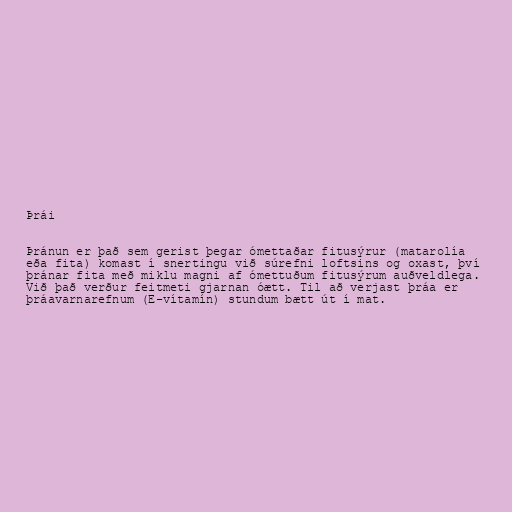
Þrái

Þránun er það sem gerist þegar ómettaðar fitusýrur (matarolía
eða fita) komast í snertingu við súrefni loftsins og oxast, því
þránar fita með miklu magni af ómettuðum fitusýrum auðveldlega.
Við það verður feitmeti gjarnan óætt. Til að verjast þráa er
þráavarnarefnum (E-vítamín) stundum bætt út í mat.